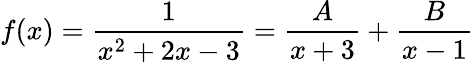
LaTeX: f(x)={\frac{1}{x^{2}+2x-3}}={\frac{A}{x+3}}+{\frac{B}{x-1}}